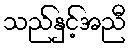
သည်နှင့်အညီ